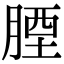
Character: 𦝪